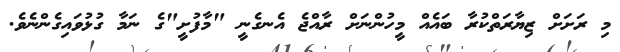
މި ރަށަށް ޒިޔާރަތްކުރާ ބައެއް މީހުންނަށް ރާއްޖެ އެނގެނީ "މާފުށީ"ގެ ނަމާ ގުޅުވައިގެންނެވެ.